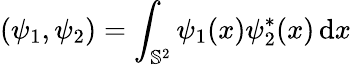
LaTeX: (\psi_{1},\psi_{2})=\int_{{\mathbb S}^{2}}\psi_{1}(x)\psi_{2}^{*}(x)\, \mathrm{d}x